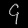
Digit: ၄